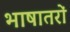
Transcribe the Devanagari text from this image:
भाषातरों